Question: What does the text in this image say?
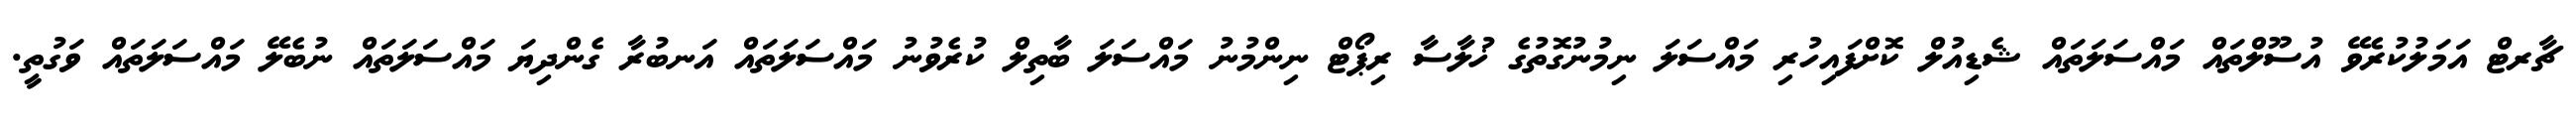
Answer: ޗާރޓް އަމަލުކުރެވޭ އުސޫލްތައް މައްސަލަތައް ޝެޑިއުލް ކޮށްފައިހުރި މައްސަލަ ނިމުނުގޮތުގެ ޚުލާސާ ރިޕޯޓް ނިންމުނު މައްސަލަ ބާތިލް ކުރެވުނު މައްސަލަތައް އަނބުރާ ގެންދިޔަ މައްސަލަތައް ނުބެލޭ މައްސަލަތައް ވަގުތީ.